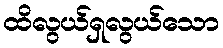
ထိလွယ်ရှလွယ်သော